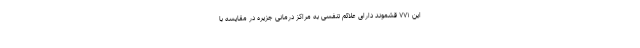
این ۷۷۱ قشموند دارای علائم تنفسی به مراکز درمانی جزیره در مقایسه با